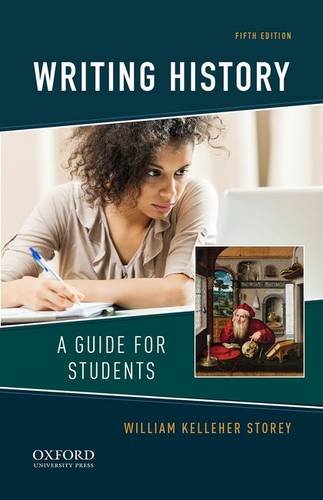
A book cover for Writing History: A Guide for Students; William Kelleher Storey; History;